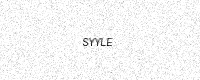
Text: SYYLE